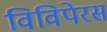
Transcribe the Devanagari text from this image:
विविपेरस